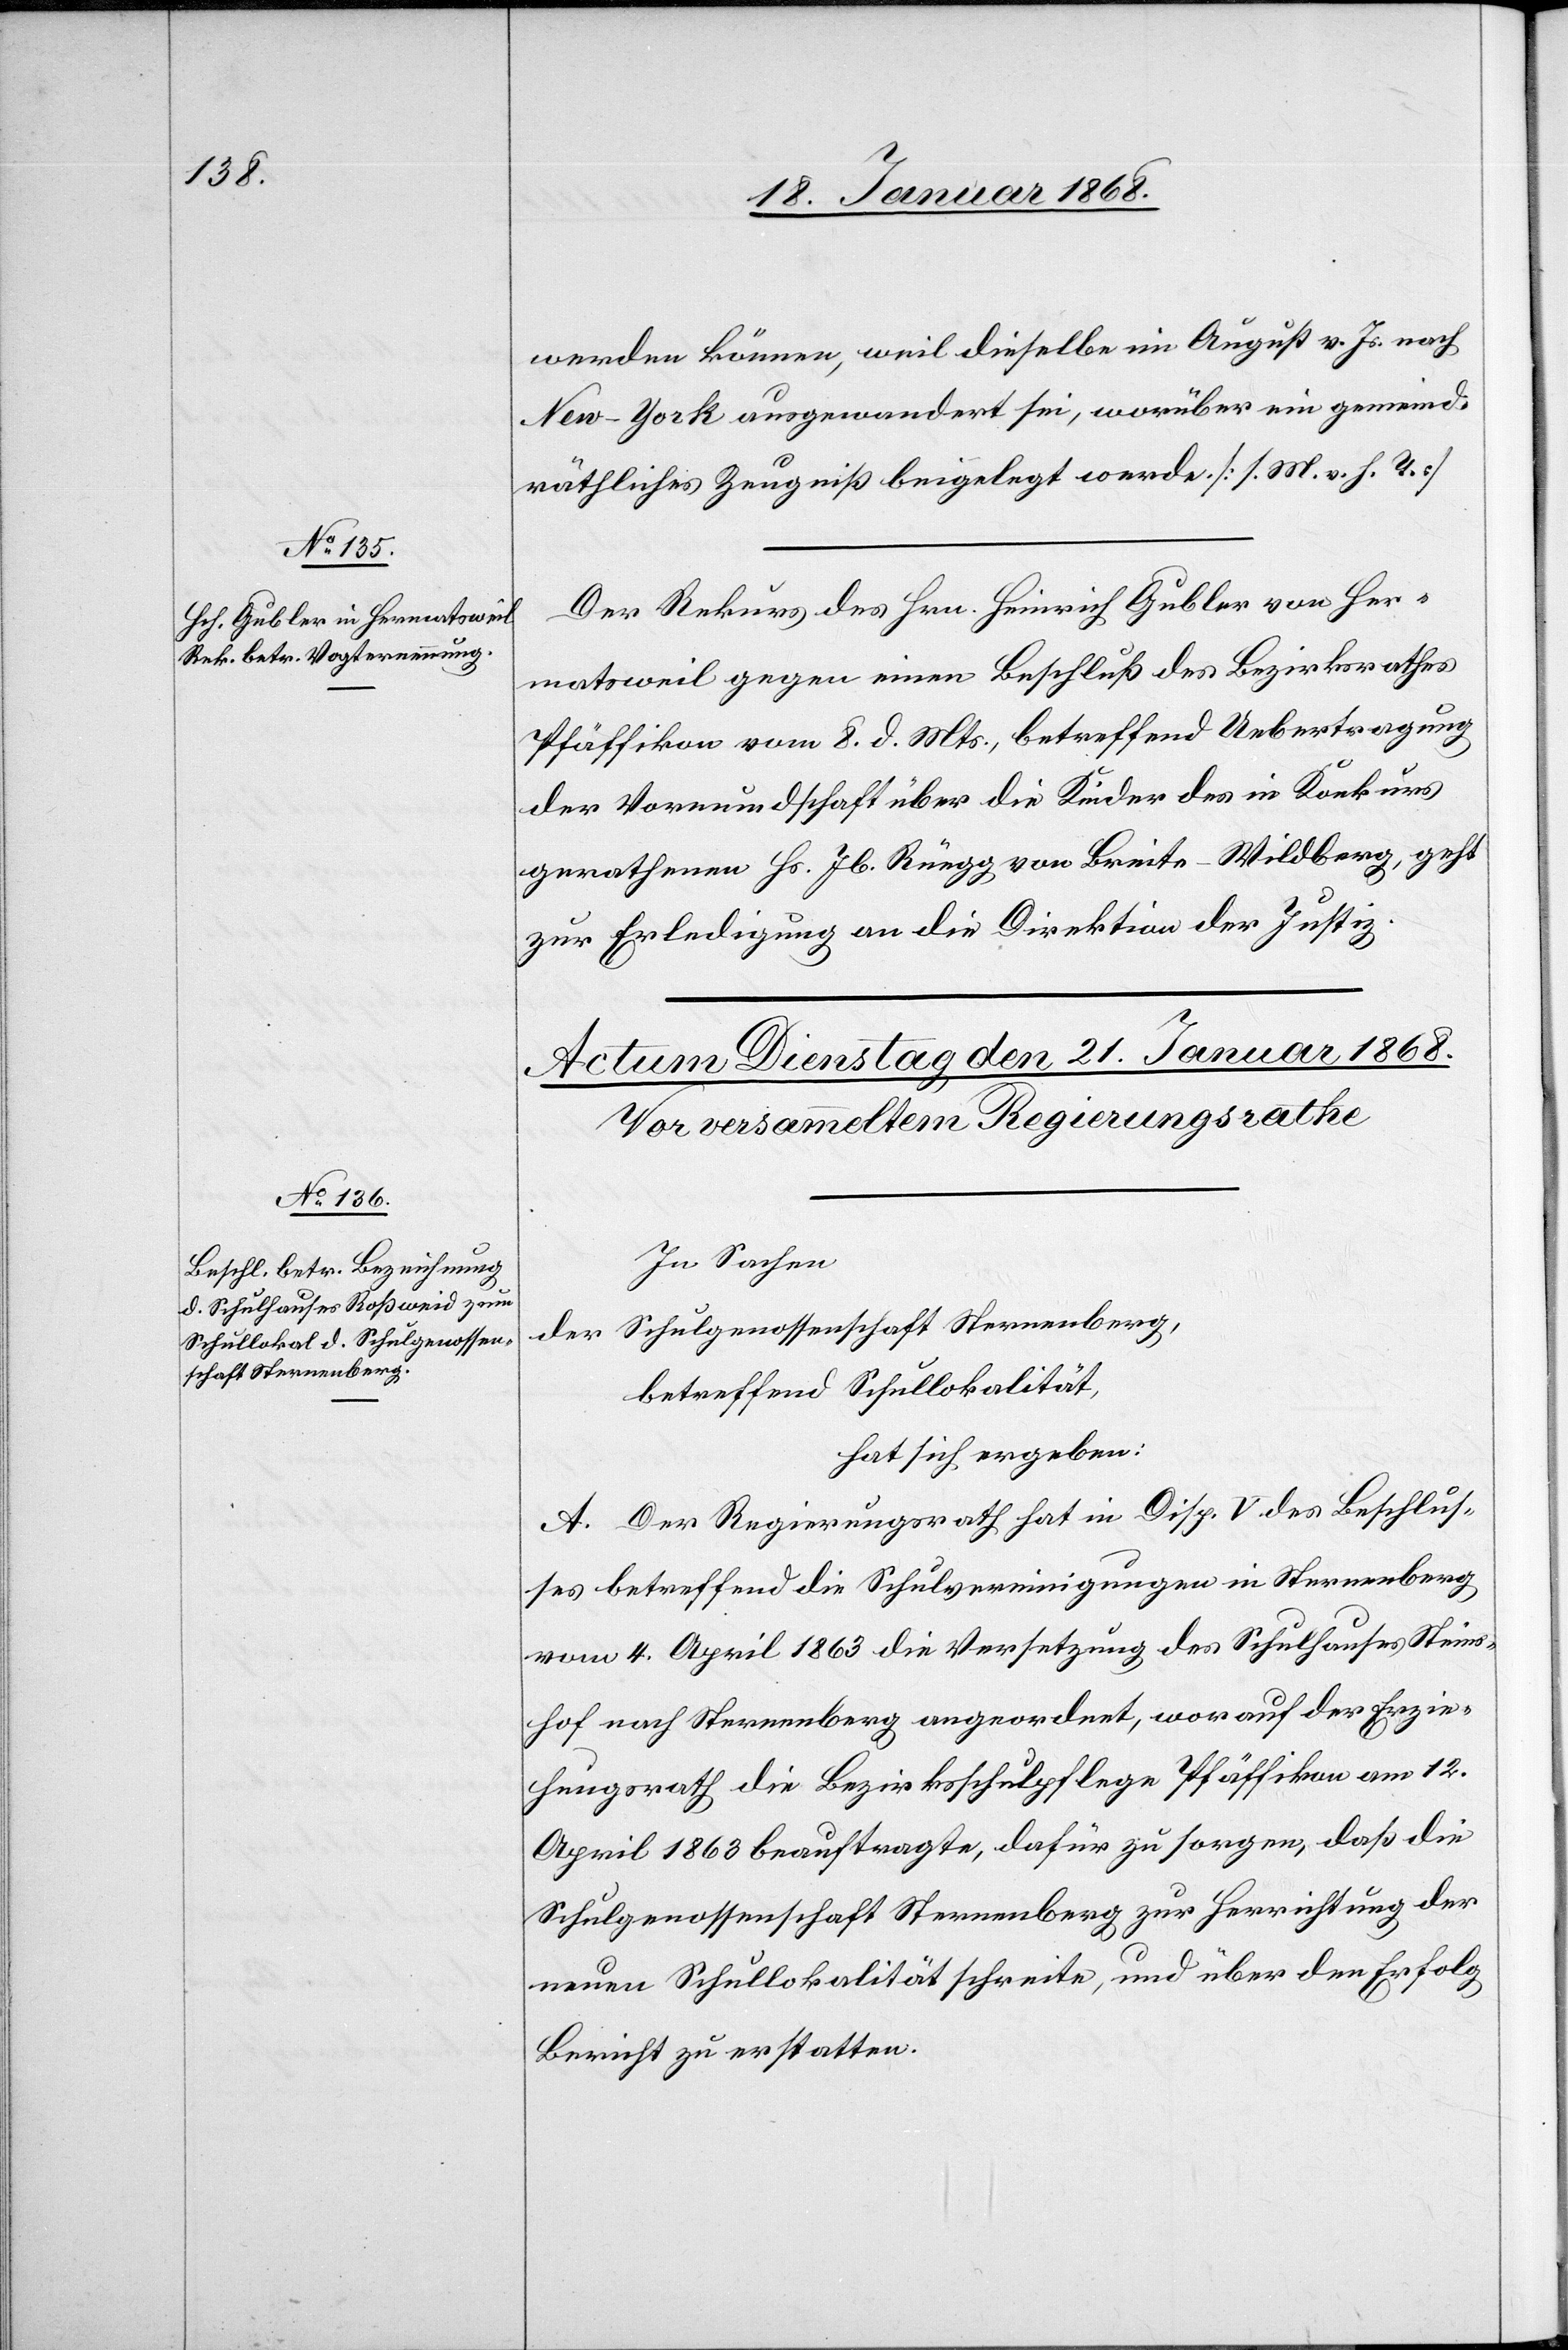
20. Januar 1868.]
werden können, weil dieselbe im August v. Js. nach
New-York ausgewandert sei, worüber ein gemeind¬
räthliches Zeugniß beigelegt werde. [s. M. v. h. T.]
Der Rekurs des Hrn. Heinrich Gubler von Her¬
matsweil gegen einen Beschluß des Bezirksrathes
Pfäffikon vom 8. d. Mts., betreffend Uebertragung
der Vormundschaft über die Kinder des in Konkurs
gerathenen Hs. Jb. Rüegg von Breite-Wildberg, geht
zur Erledigung an die Direktion der Justiz.
In Sachen
Schulgenossenschaft Sternenberg,
der
betreffend Schullokalität,
hat sich ergeben:
A. Der Regierungsrath hat in Disp. V. des Beschlus¬
ses betreffend die Schulvereinigungen in Sternenberg
vom 4. April 1863 die Versetzung des Schulhauses Steins¬
hof nach Sternenberg angeordnet, worauf der Erzie¬
hungsrath die Bezirksschulpflege Pfäffikon am 12.
April 1863 beauftragte, dafür zu sorgen, daß die
Schulgenossenschaft Sternenberg zur Herrichtung der
neuen Schullokalität schreite, und über den Erfolg
Bericht zu erstatten.